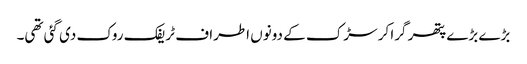
بڑے بڑے پتھر گرا کر سڑک کے دونوں اطراف ٹریفک روک دی گئی تھی۔